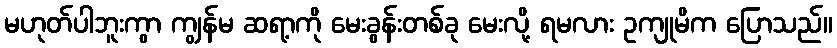
မဟုတ်ပါဘူးကွာ ကျွန်မ ဆရာ့ကို မေးခွန်းတစ်ခု မေးလို့ ရမလား ဥကျုမိက ပြောသည်။